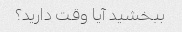
ببخشید آیا وقت دارید؟